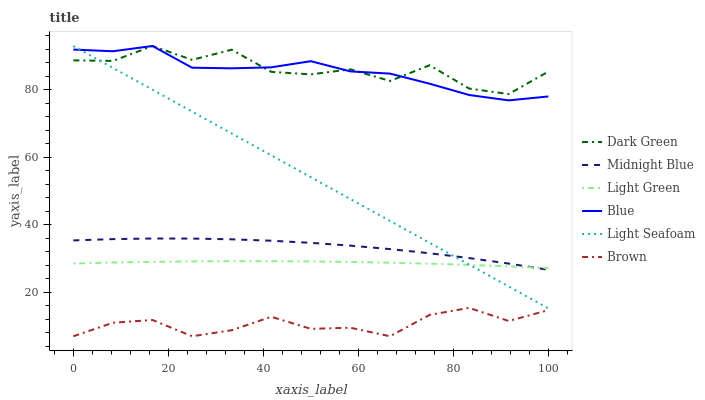
| xaxis_label | Dark Green | Midnight Blue | Light Green | Blue | Light Seafoam | Brown |
 | --- | --- | --- | --- | --- | --- | --- |
 | 0 | 88.8 | 35.4 | 28.6 | 91.9 | 93 | 7 |
 | 8.33 | 88.6 | 35.8 | 28.8 | 91.4 | 86.5 | 11 |
 | 16.7 | 93 | 36 | 29 | 93 | 80 | 11.8 |
 | 25 | 88.9 | 35.9 | 29.2 | 86.6 | 73.6 | 7 |
 | 33.3 | 91.9 | 35.7 | 29.2 | 86.4 | 67.1 | 8.78 |
 | 41.7 | 85.3 | 35.3 | 29.2 | 86.7 | 60.6 | 12.8 |
 | 50 | 84.6 | 34.7 | 29.2 | 88.5 | 54.1 | 9.2 |
 | 58.3 | 86.1 | 33.9 | 29 | 85.5 | 47.7 | 9.52 |
 | 66.7 | 82.6 | 32.8 | 28.8 | 84.8 | 41.2 | 7 |
 | 75 | 87.3 | 31.6 | 28.5 | 81.8 | 34.7 | 13.3 |
 | 83.3 | 80.4 | 30.2 | 28.1 | 78.5 | 28.2 | 15.4 |
 | 91.7 | 78.8 | 28.5 | 27.7 | 76.9 | 21.7 | 11.5 |
 | 100 | 85.4 | 26.7 | 27.2 | 78.1 | 15.3 | 14.7 |